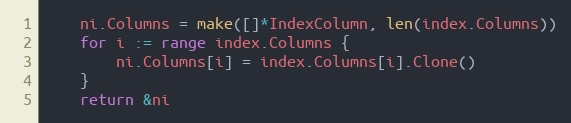
Language: Go
	ni.Columns = make([]*IndexColumn, len(index.Columns))
	for i := range index.Columns {
		ni.Columns[i] = index.Columns[i].Clone()
	}
	return &ni